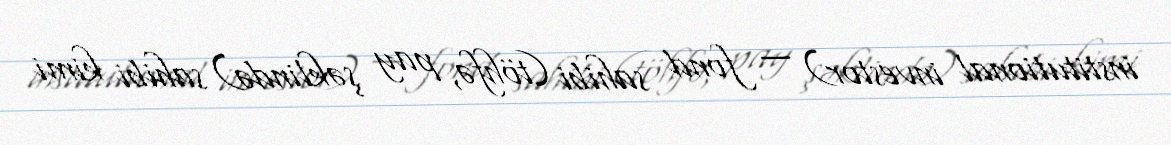
institutional investor) — fond sahibi (töhfə, pay şəklində) sahibi kimi